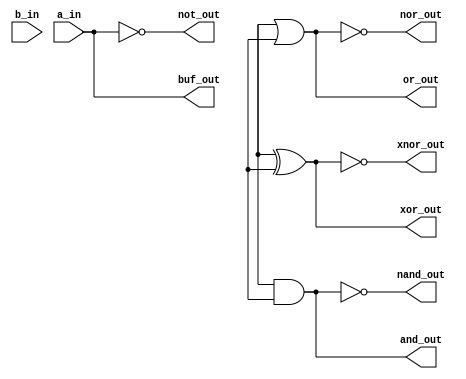
module basic_gates_behav(input a_in,
                         input b_in,
                         output not_out,
                         output buf_out,
                         output and_out,
                         output or_out,
                         output nand_out,
                         output nor_out,
                         output xor_out,
                         output xnor_out);
  assign not_out = ~a_in;
  assign buf_out = a_in;
  assign and_out = a & b;
  assign or_out = a | b;
  assign nand_out = ~(a&b);
  assign nor_out = ~(a|b);
  assign xor_out = a^b;
  assign xnor_out = ~(a^b);
endmodule